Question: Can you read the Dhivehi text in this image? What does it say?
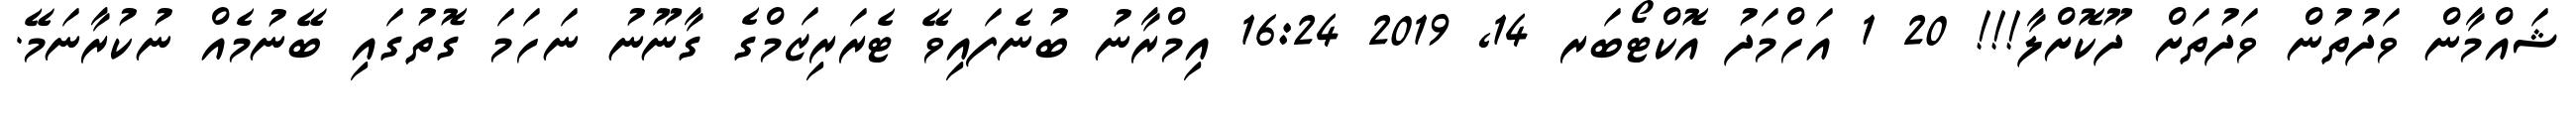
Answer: ޝައްމާން ވަދުތުން ވަދުތަށް ދޫކޮށްލާ!!! 20 1 އަހްމަދު އޮކްޓޯބަރ 14, 2019 16:24 އިމްރާނު ބުނެފައިވޭ ޓެރަރިޒަމްގެ ގާނޫނު ނަހަމަ ގޮތުގައި ބޭނުމެއް ނުކުރާނަމޭ.